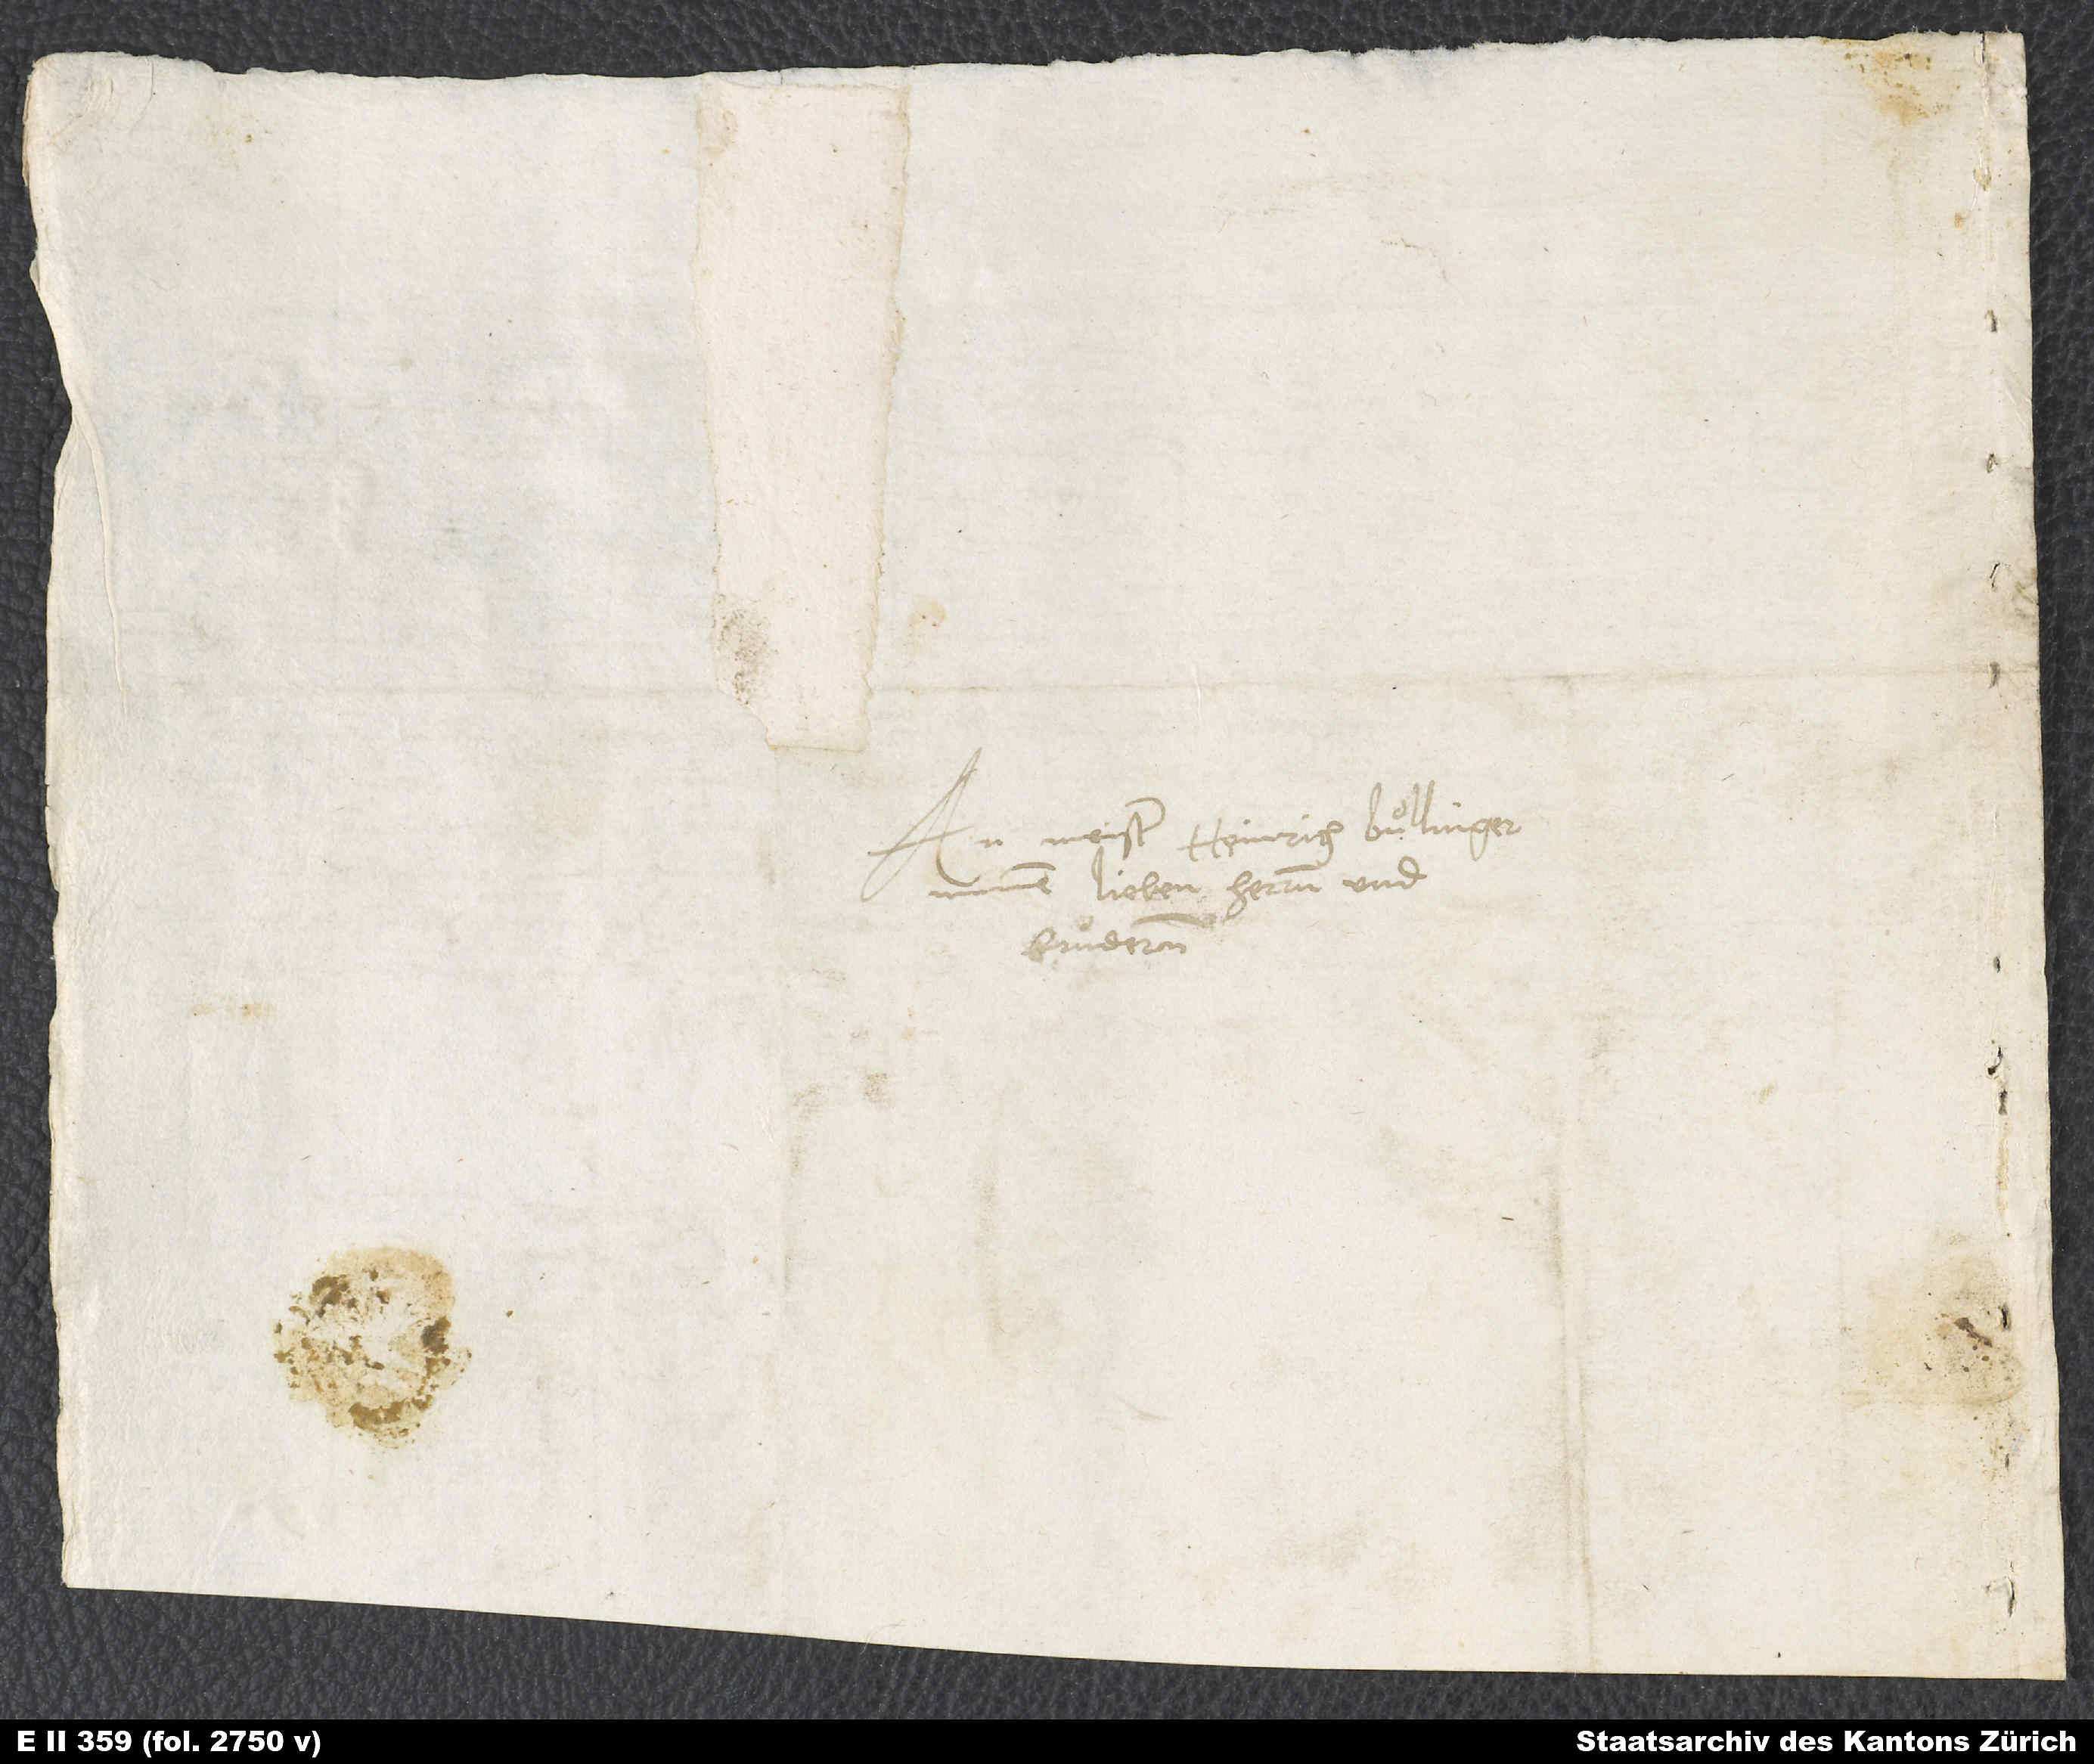
Meister Heinrich Bullinger,
minem lieben herren und
bruͦderen.